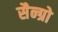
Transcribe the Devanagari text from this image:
सैन्ग्रो